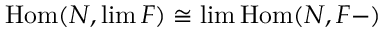
\operatorname { H o m } ( N , \operatorname* { l i m } F ) \cong \operatorname* { l i m } \operatorname { H o m } ( N , F - )